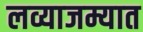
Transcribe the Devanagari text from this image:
लव्याजम्यात